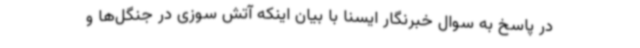
در پاسخ به سوال خبرنگار ایسنا با بیان اینکه آتش سوزی در جنگل‌ها و